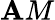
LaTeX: \mathbf{A}M